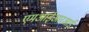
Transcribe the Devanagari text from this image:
एमआईआरआई